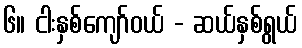
၆။ ငါးနှစ်ကျော်ဝယ် - ဆယ်နှစ်ရွယ်